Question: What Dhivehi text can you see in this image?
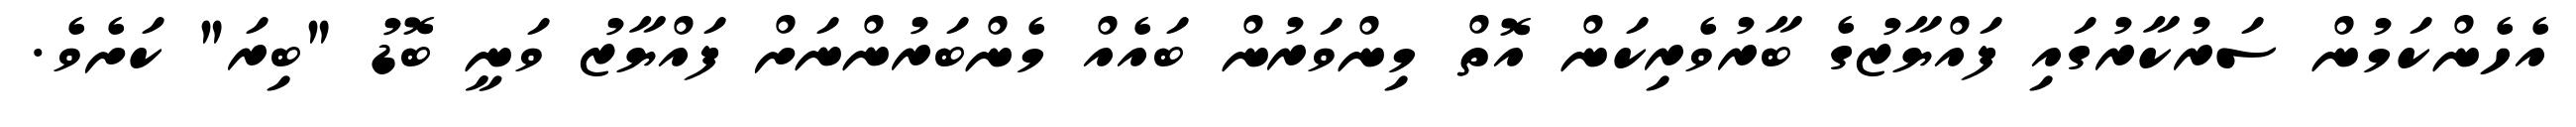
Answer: އެހެންކަމުން ސަރުކާރުގައި ފައްޔާޒުގެ ބާރުވެރިކަން އޮތް މިންވަރުން ބައެއް މެންބަރުންނަށް ފައްޔާޒު ވަނީ ބޮޑު "ބިރަ" ކަށެވެ.